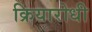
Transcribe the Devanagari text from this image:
क्रियारोधी